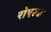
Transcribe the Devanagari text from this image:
रोएल्ड